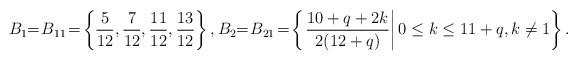
LaTeX: \begin{gather*}B_1\!\!=\!B_{11}\!=\!\left\{\frac{5}{12},\frac{7}{12},\frac{11}{12},\frac{13}{12}\right\},B_2\!\!=\!B_{21}\!=\!\left\{\left.\frac{10+q+2k}{2(12+q)}\right|0\leq k\leq 11+q, k\neq 1\right\}.\end{gather*}